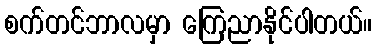
စက်တင်ဘာလမှာ ကြေညာနိုင်ပါတယ်။